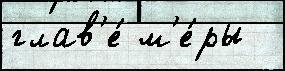
глав'е́ м'е́ры